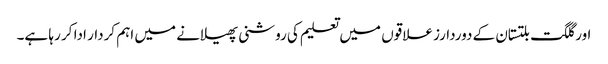
اور گلگت بلتستان کے دوردارز علاقوں میں تعلیم کی روشنی پھیلانے میں اہم کردار ادا کر رہا ہے۔